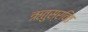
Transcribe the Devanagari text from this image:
ऋतुस्रवित